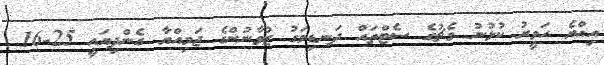
އިއްޔެ ހަވީރު ކުޅުނު މެޗުގެ ސެޓްތައް ދަނޑިމަގު ޒުވާނުންގެ ޖަމިއްޔާ ގެންދިޔައީ 25-16